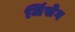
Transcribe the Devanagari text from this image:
जिंसेग